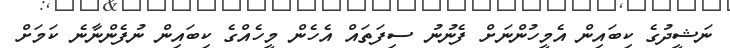
ނަޝީދުގެ ކިބައިން އެމީހުންނަށް ފެނުނު ސިފަތައް އެހެން މީހެއްގެ ކިބައިން ނުފެންނާނެ ކަމަށް